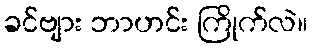
ခင်ဗျား ဘာဟင်း ကြိုက်လဲ။